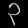
Digit: ၃